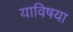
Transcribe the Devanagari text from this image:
याविषया